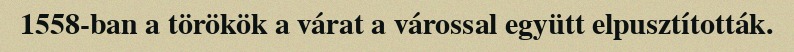
1558-ban a törökök a várat a várossal együtt elpusztították.